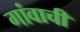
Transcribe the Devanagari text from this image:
गांवाची